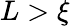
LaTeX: L>\xi